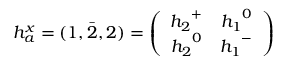
h _ { a } ^ { x } = ( 1 , \bar { 2 } , 2 ) = \left( \begin{array} { c c } { { { h _ { 2 } } ^ { + } } } & { { { h _ { 1 } } ^ { 0 } } } \\ { { { h _ { 2 } } ^ { 0 } } } & { { { h _ { 1 } } ^ { - } } } \end{array} \right)